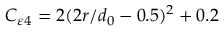
C _ { \varepsilon } { } _ { 4 } = 2 ( 2 r / d _ { 0 } - 0 . 5 ) ^ { 2 } + 0 . 2